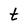
Character: t